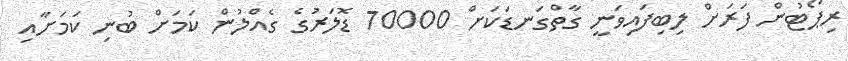
ރިޕޯޓުން ފަރަށް ލިބިފައިވަނީ ގާތްގަނޑަކަށް 70000 ޑޮލަރުގެ ގެއްލުން ކަމަށް ބުނި ކަމަށާއި